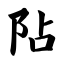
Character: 阽